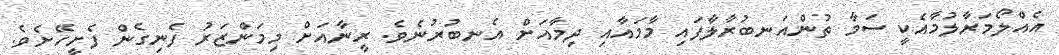
އެއްލޯމަރާލުމާއެކީ ސަމާ ތުންއަނބުރާލާފައި މާމައާއި ދިމާއަށް އެނބުރުނެވެ. ރީނާއަށް މިމަންޒަރު ފެނިގެން ފެށީހޭށެވެ.